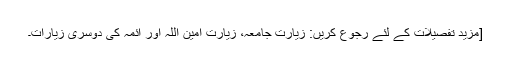
[مزید تفصیلات کے لئے رجوع کریں: زیارت جامعہ، زیارت امین اللہ اور ائمہ کی دوسری زیارات۔